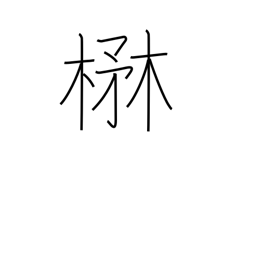
Meaning: lush